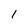
Character: 1